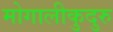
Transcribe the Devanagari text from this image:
मोगालीकुदुरु